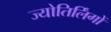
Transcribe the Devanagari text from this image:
ज्‍योतिर्लिंगों